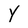
Character: y